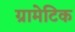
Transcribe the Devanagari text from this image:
ग्रामेटिक